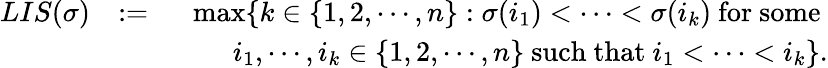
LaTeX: \begin{array}{rlr}{LIS(\sigma)}&{:=}&{\operatorname*{max}\{ k\in\{ 1,2,\cdots,n\} :\sigma(i_{1})<\cdots<\sigma(i_{k})\mathrm{~for~some~}}\\ &{}&{\quad\quad i_{1},\cdots,i_{k}\in\{ 1,2,\cdots,n\} \mathrm{~such~that~}i_{1}<\cdots<i_{k}\} .}\end{array}